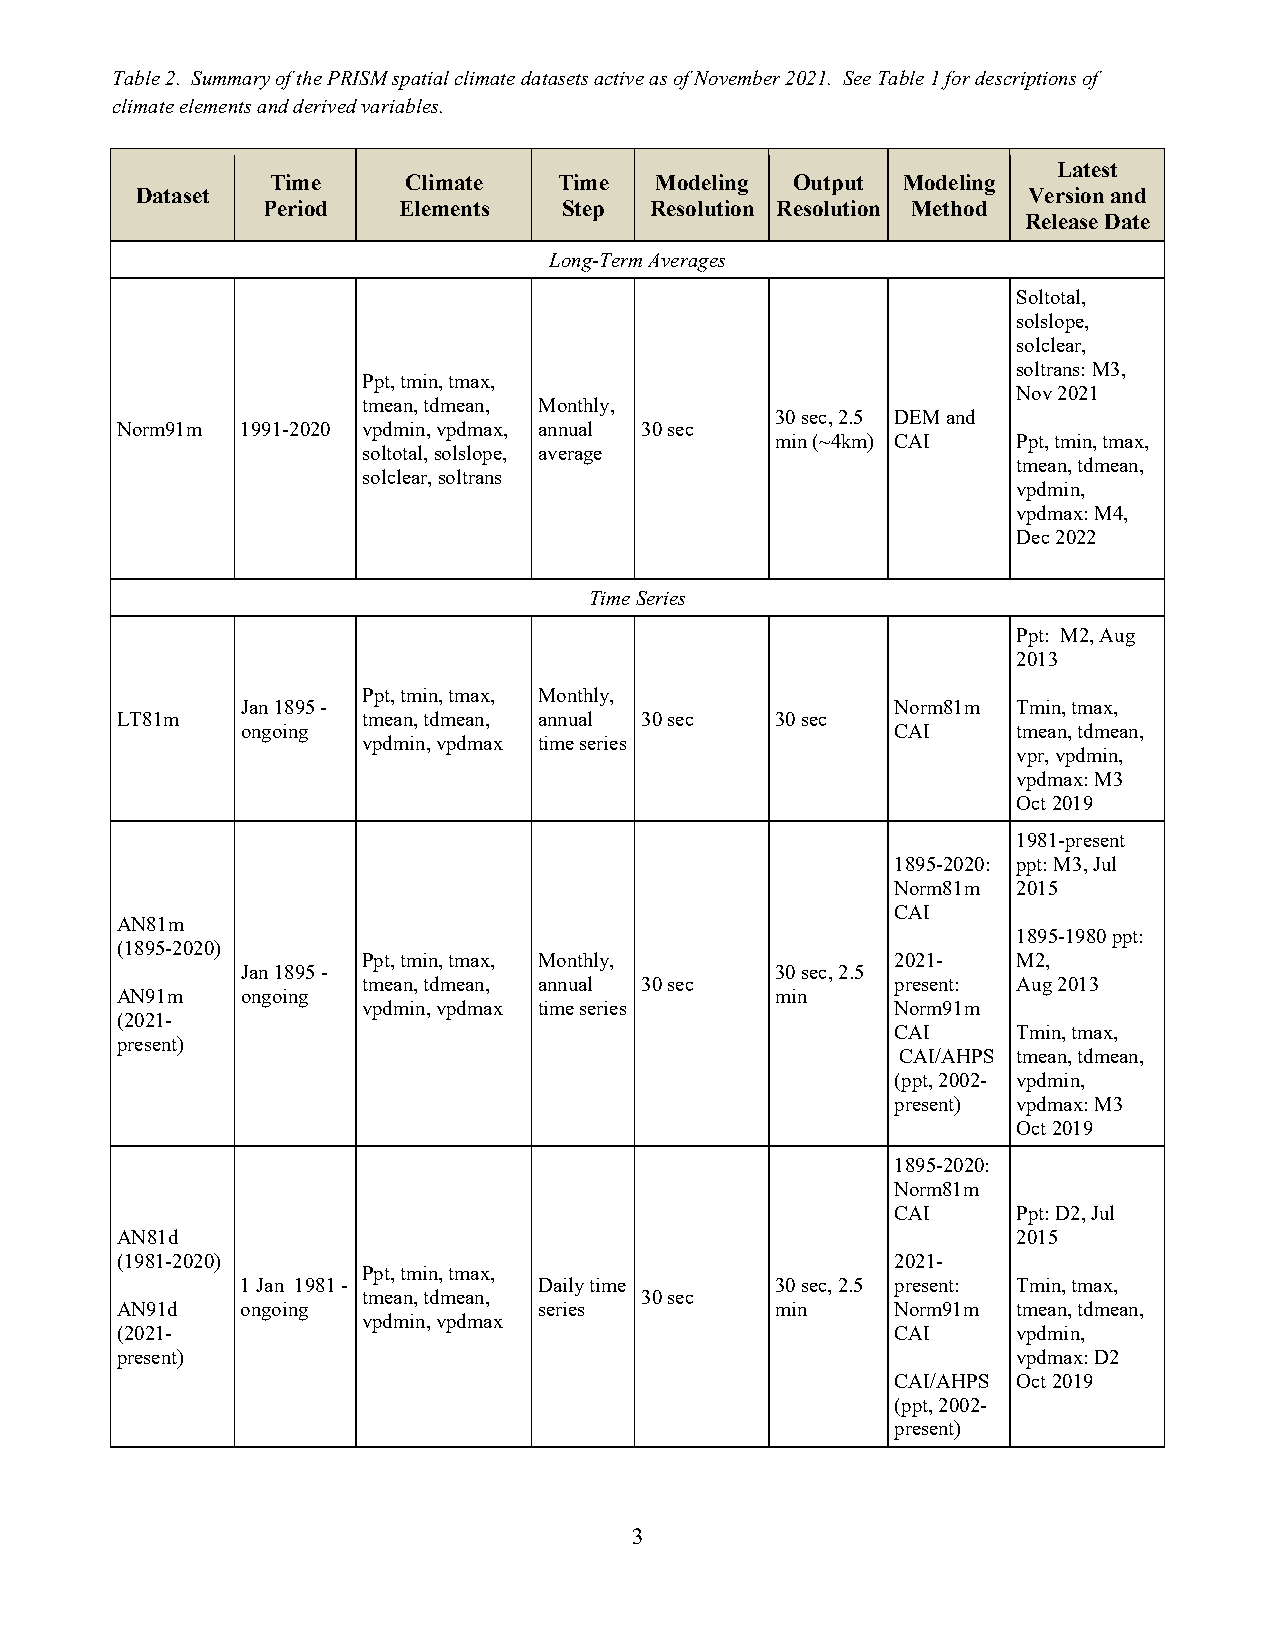
Table 2. Summary of the PRISM spatial climate datasets active as of November 2021. See Table 1 for descriptions of
 climate elements and derived variables.
 Latest
 Time     Climate   Time  Modeling Output  Modeling
 Dataset                                                    Version and
 Period   Elements   Step  Resolution Resolution Method
 Release Date
 Long-Term Averages
 Soltotal,
 solslope,
 solclear,
 soltrans: M3,
 Ppt, tmin, tmax,
 Nov 2021
 tmean, tdmean, Monthly,
 30 sec, 2.5 DEM and
 Norm91m 1991-2020 vpdmin, vpdmax, annual 30 sec
 min (~4km) CAI  Ppt, tmin, tmax,
 soltotal, solslope, average
 tmean, tdmean,
 solclear, soltrans
 vpdmin,
 vpdmax: M4,
 Dec 2022
 Time Series
 Ppt: M2, Aug
 2013
 Ppt, tmin, tmax, Monthly,
 Jan 1895 -                                 Norm81m Tmin, tmax,
 LT81m           tmean, tdmean, annual 30 sec 30 sec
 ongoing                                    CAI     tmean, tdmean,
 vpdmin, vpdmax time series
 vpr, vpdmin,
 vpdmax: M3
 Oct 2019
 1981-present
 1895-2020: ppt: M3, Jul
 Norm81m 2015
 CAI
 AN81m
 1895-1980 ppt:
 (1895-2020)
 Ppt, tmin, tmax, Monthly,          2021-   M2,
 Jan 1895 -                         30 sec, 2.5
 tmean, tdmean, annual 30 sec       present: Aug 2013
 AN91m   ongoing                            min
 vpdmin, vpdmax time series         Norm91m
 (2021-
 CAI     Tmin, tmax,
 present)
 CAI/AHPS tmean, tdmean,
 (ppt, 2002- vpdmin,
 present) vpdmax: M3
 Oct 2019
 1895-2020:
 Norm81m
 CAI     Ppt: D2, Jul
 AN81d                                                      2015
 (1981-2020)                                        2021-
 Ppt, tmin, tmax,
 1 Jan 1981 -        Daily time     30 sec, 2.5 present: Tmin, tmax,
 tmean, tdmean,    30 sec
 AN91d   ongoing             series         min     Norm91m tmean, tdmean,
 vpdmin, vpdmax
 (2021-                                             CAI     vpdmin,
 present)                                                   vpdmax: D2
 CAI/AHPS Oct 2019
 (ppt, 2002-
 present)
 3